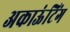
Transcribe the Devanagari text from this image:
अकाऊंटिंग